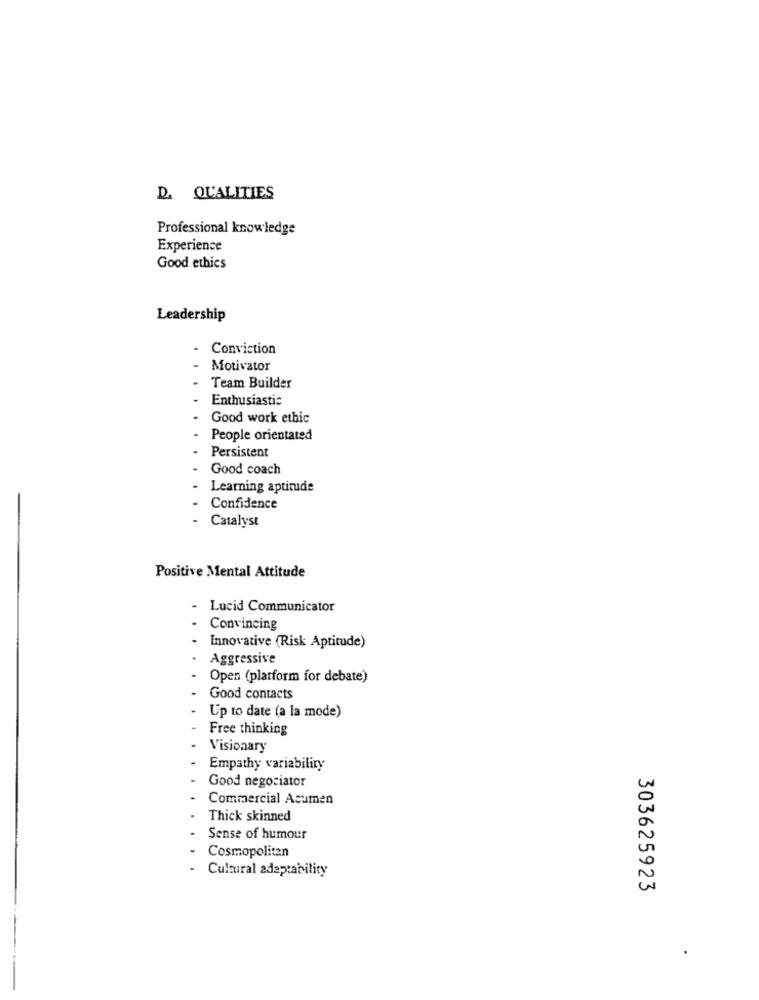
D. QUALITIES
Professional knowledge
Experience
Good ethics
Leadership
- Conviction
Motivator
Team Builder
Enthusiastic
Good work ethic
People orientated
Persistent
Good coach
Learning aptitude
Confidence
Catalyst
Positive Mental Attitude
Lucid Communicator
Convincing
Innovative (Risk Aptitude)
Aggressive
Open (platform for debate)
Good contacts
Up to date (a la mode)
Free thinking
Visionary
Empathy variability
Good negociator
Commercial Acumen
Thick skinned
Sense of humour
Cosmopolitan
Cultural adaptability
303625923
.